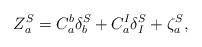
LaTeX: \begin{align*}Z_a^S = C_a^b \delta_b^S + C_a^I \delta_I^S + \zeta_a^S,\end{align*}